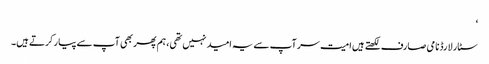
‘
سٹار لارڈ نامی صارف لکھتے ہیں امیت سر آپ سے یہ امید نہیں تھی، ہم پھر بھی آپ سے پیار کرتے ہیں۔